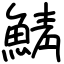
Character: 鯖